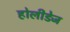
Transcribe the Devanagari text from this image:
होलीडेज